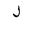
Letter: _lam